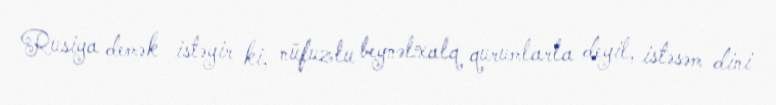
Rusiya demək istəyir ki, nüfuzlu beynəlxalq qurumlarla deyil, istəsəm dini